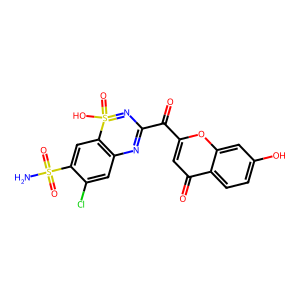
SMILES: NS(=O)(=O)c1cc2c(cc1Cl)N=C(C(=O)c1cc(=O)c3ccc(O)cc3o1)N=S2(=O)O
Inhibits HIV replication: No